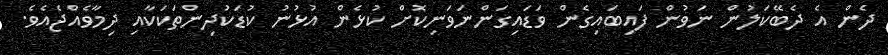
ދެން އެ ދެބޭކަލުން ނަވުން ފައިބައިގެން ވަޑައިގަންނަވަނިކޮށް ކުޅެން އުޅުނު ކުޑަކުދިންތަކަކާއި ދިމާވެއްޖެއެވެ.